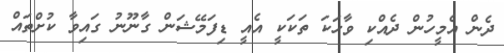
ދެން އެމީހުން ދެއްކި ވާހަކަ ތަކަކީ އެއީ ޑިފަމޭޝަން ގާނޫނު ގައިވާ ކުށްތައް